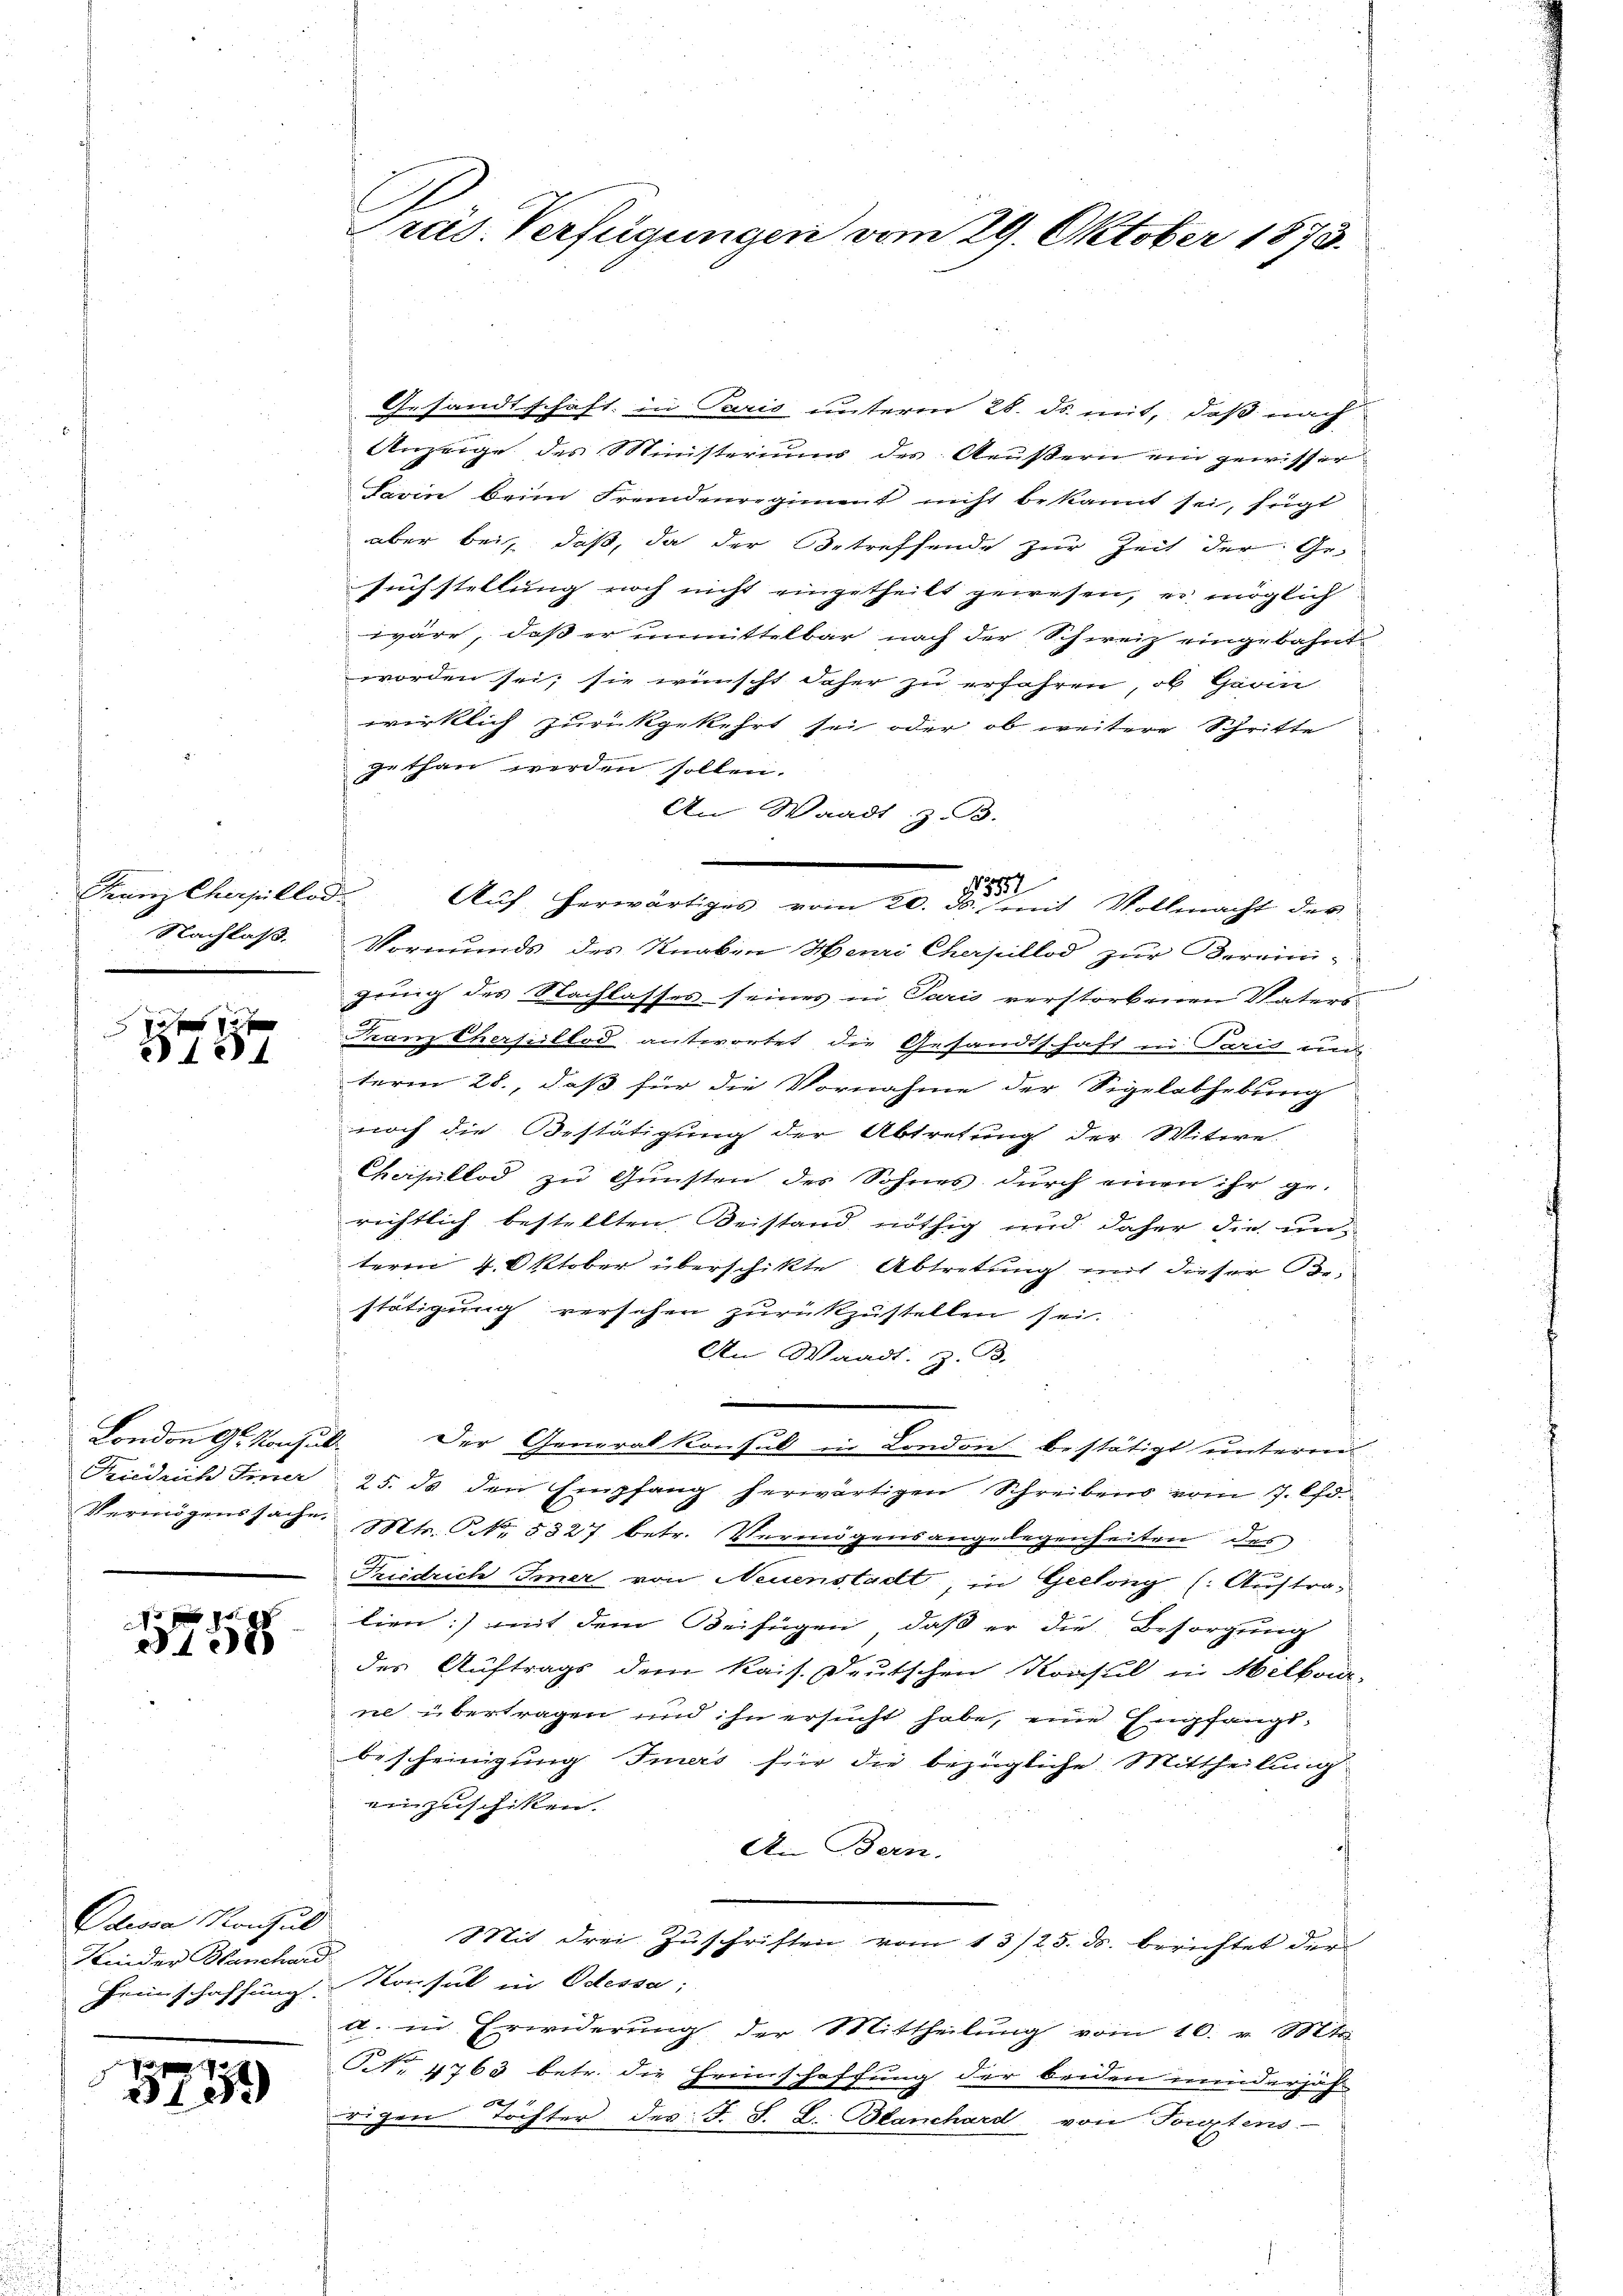
.
Franz Cherpillod
Nachlaß.

xxx
124

London G. Konsult

1
3758

Plessa Konsul
Kinder Manchard

5759)

Gesandtschaft, in Paris unterm 28. ds. mit, daß nach
Anzeige des Ministerium des Aeußern ein gewisser
Savin beim Fremdenregiment nicht bekannt sei, fügt
aber bei, daß, da der Betreffende zur Zeit der Ge-
suchstellung noch nicht eingetheilt gewesen, er möglich
wäre, daß er unmittelbar nach der Schweiz eingebahnt
worden sei; sie wünscht daher zu erfahren, ob Harin
wirklich zurückgekehrt sei oder ob weitere Schritte
gethan werden sollen.
An Waadt, z.B.
Auf herwärtiges vom 20. ds. mit Vollmacht der
Vormunds des Knaben Henri Cherpillod zur Berein-
gung des Nachlasses seines in Paris verstorbenen Vaters
Franz Chersillod antwortet, die Gesandtschaft in Paris und
term 28., daß für die Vornahme der Sigelabhebung
noch die Bestätigung der Abtretung der Witwe
Chesillod zu Gunsten des Sohnes durch einen ihr ge-
richtlich bestellten Beistand nöthig und daher die unterm 4. Oktober überschikte Abtretung mit dieser Bestätigung versehen zurückzustellen sei.
An Waadt. Z. B.
Der Generalkonsul in London bestätigt unterreis
Friedrich Inner 25. ds den Empfang herwärtigen Schreibens vom 7. Oh
Vermögenssache Mtr. NNNo. 5327 betr. Vermögensangelegenheiten des
Friedrich Imer von Neuenstadt, in Geclong (Auftralien) mit dem Beifügen, daß er die Besorgung
des Auftrags dem Kais. Deutschen Konsul in Melborn-
ne übertragen und ihn ersucht habe, eine Empfangsbescheinigung Imers für die bezügliche Mittheilung
einzuschiken.
An Bern,
Mit drei Zŭschriften vom 13/25. ds. berichtet der
Feinschaffung Konsul in Odessa;
a. in Erwiderŭng der Mittheilŭng vom 10. v. Mts
NNo. 4763 betr. die Heimschaffung der beiden minderjäh
rigen Töchter des F. S. L. Blanchard von Tortens.

Präs. Verfügungen vom 29. Oktober 1873.

1552